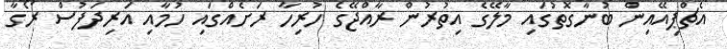
އެޗްޕިއޭއިން ބުނާގޮތުގައި މާލޭގެ އިތުރުން ރާއްޖޭގެ ހުރިހާ ރަށެއްގައި ހުމާއި އަރިދަފުސް ރޯގާ